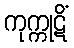
ကုက္ကုဋိံ